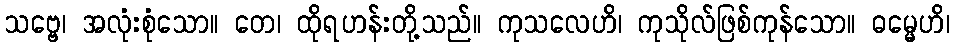
သဗ္ဗေ၊ အလုံးစုံသော။ တေ၊ ထိုရဟန်းတို့သည်။ ကုသလေဟိ၊ ကုသိုလ်ဖြစ်ကုန်သော။ ဓမ္မေဟိ၊